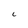
Character: C